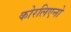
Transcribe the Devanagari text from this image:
कोरलिएनो